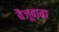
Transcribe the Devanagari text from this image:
बैजूबाबा